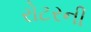
રોટરની